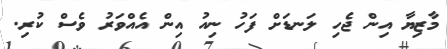
މާޒިޔާ އިން ޖެހި ލަނޑަށް ފަހު ނިއު އިން އެއްވަރު ވެސް ކުރި.